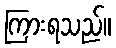
ကြားရသည်။